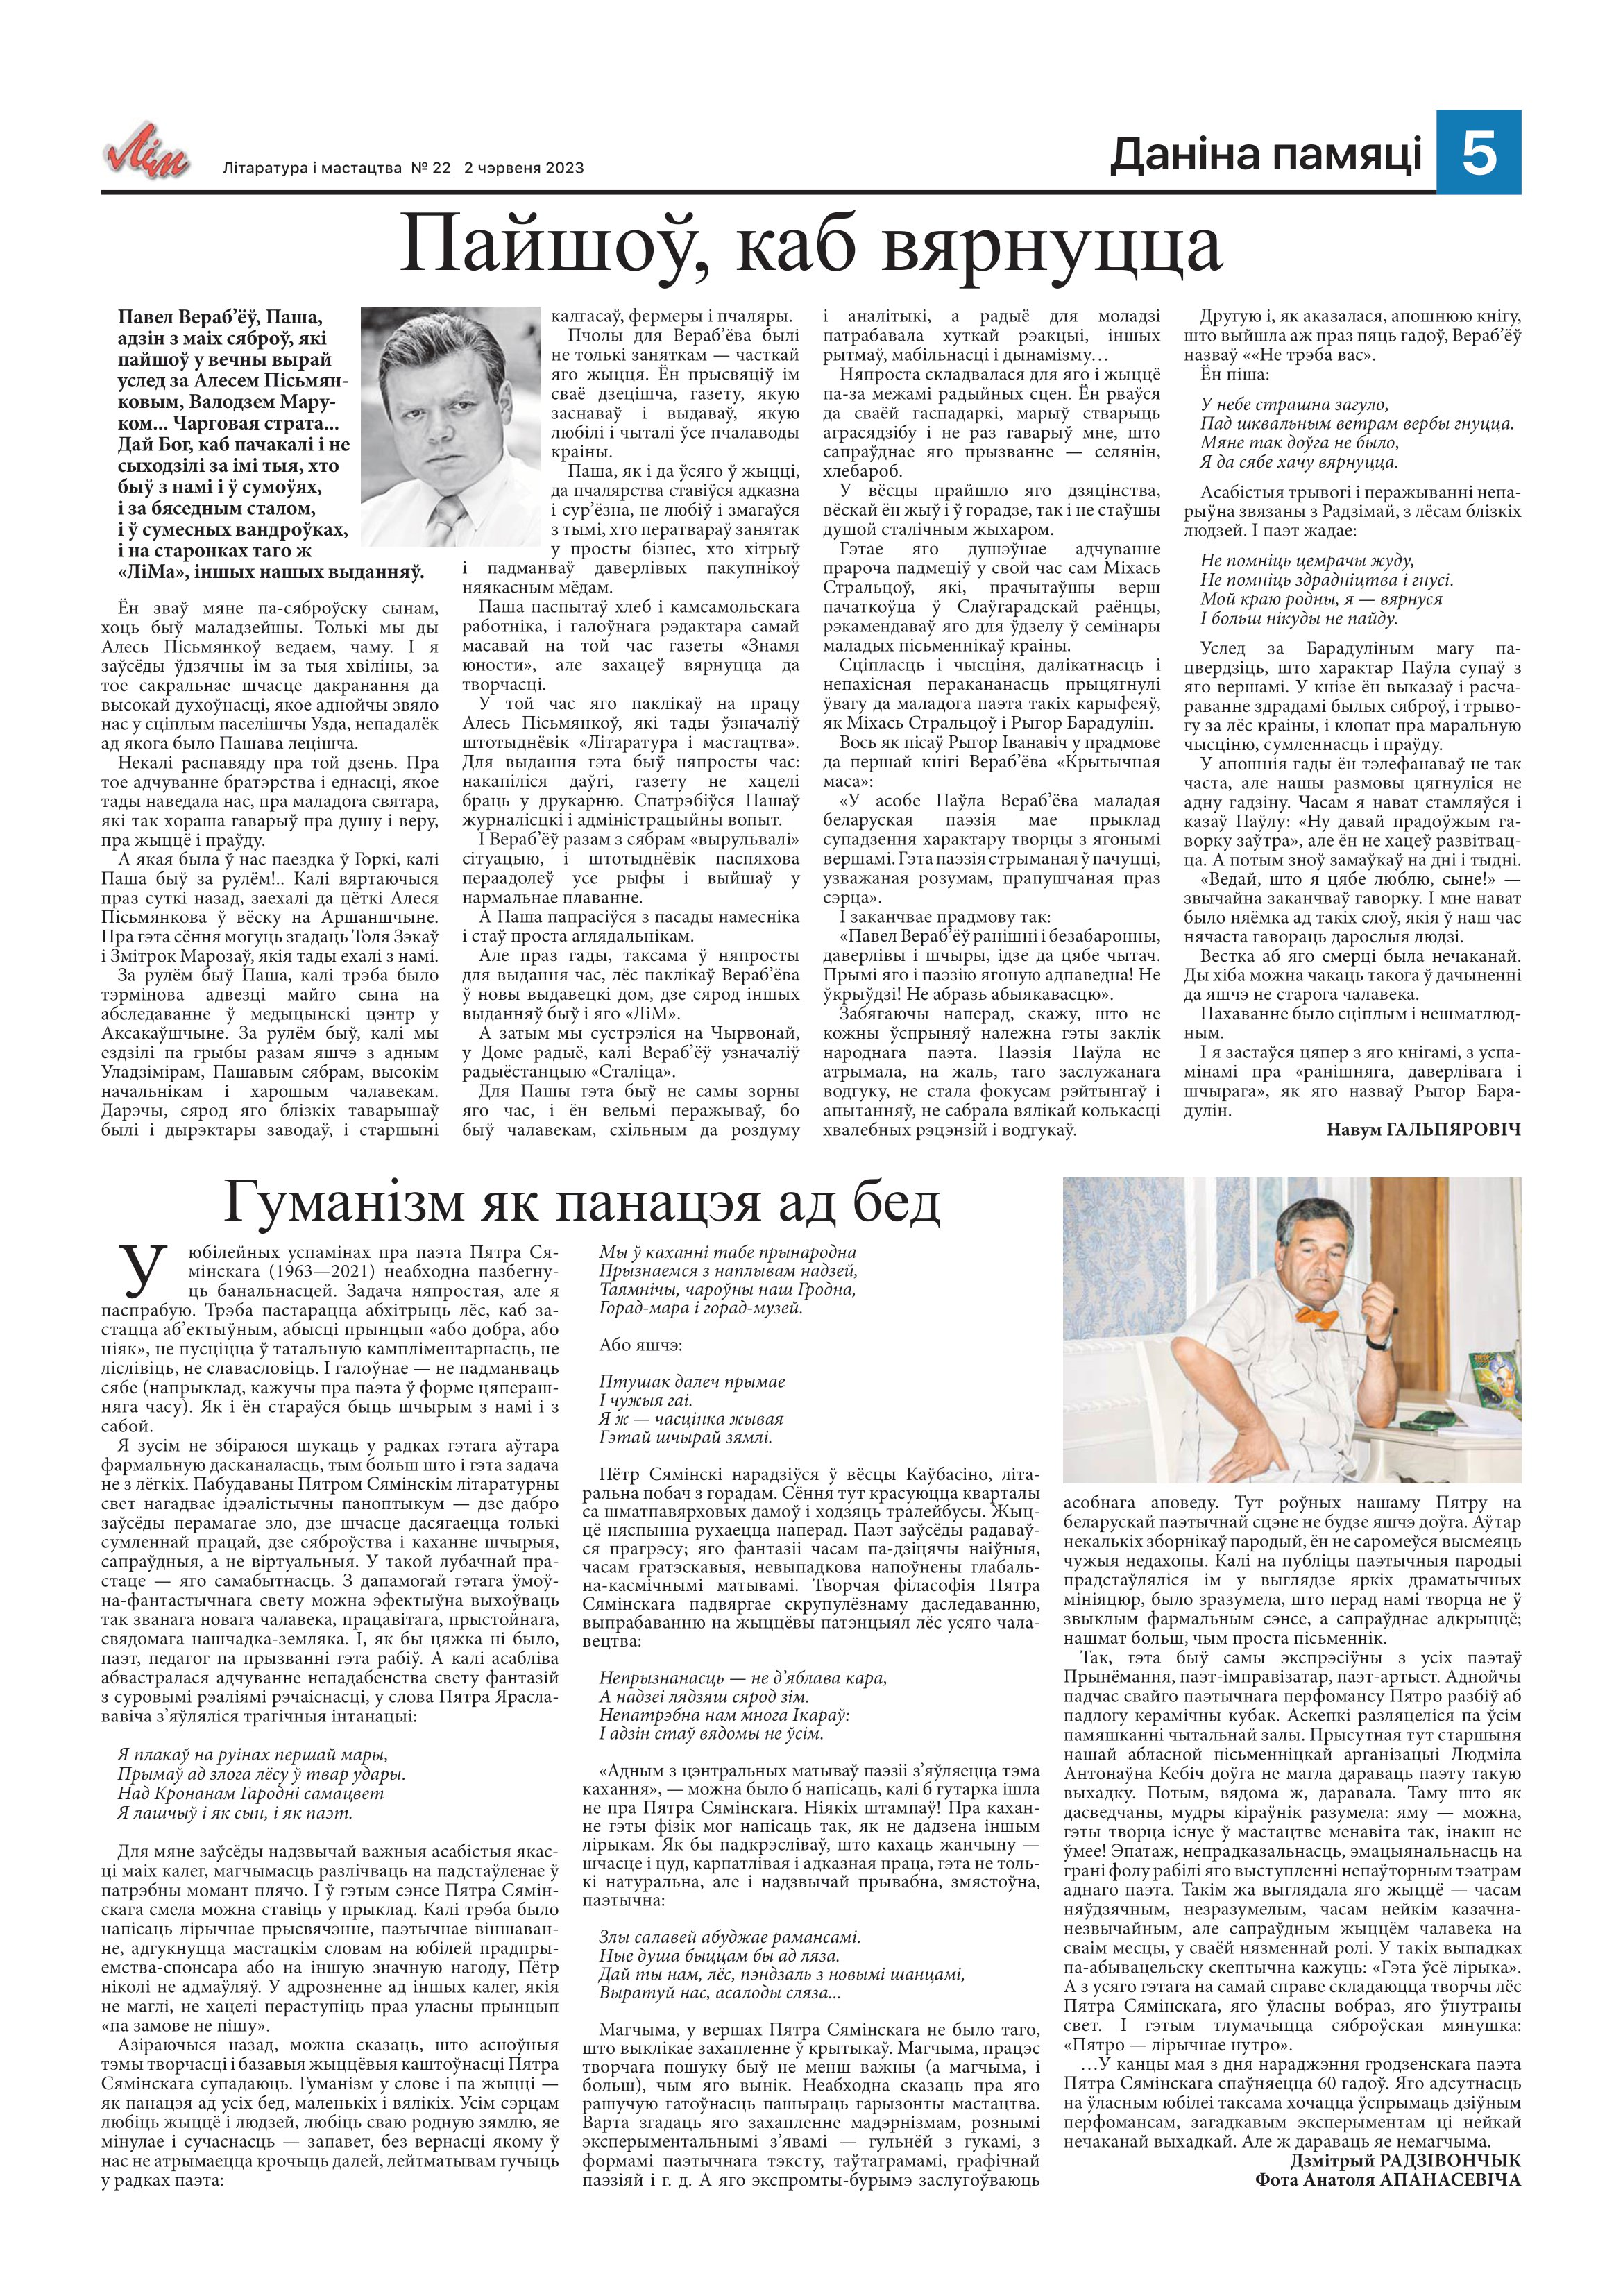
Language: be